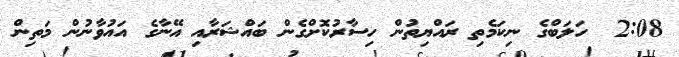
2:08  ހަލަބްގެ ނިކަމެތި ރައްޔިތުން ހިސާރުކޮށްގެން ބައްޝަރާއި އޭނާގެ އައުވާނުން މަތިން